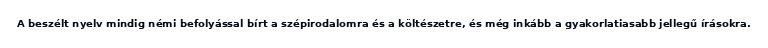
A beszélt nyelv mindig némi befolyással bírt a szépirodalomra és a költészetre, és még inkább a gyakorlatiasabb jellegű írásokra.